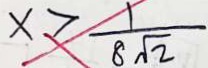
x > \frac { 1 } { 8 \sqrt { 2 } }